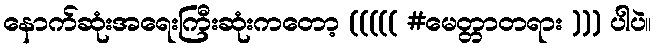
နောက်ဆုံးအရေးကြီးဆုံးကတော့ ((((( #မေတ္တာတရား ))) ပါပဲ။